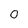
Character: O